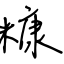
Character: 糠